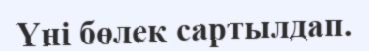
Үні бөлек сартылдап.